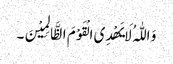
وَ اللّٰہُ لَایَھْدِی الْقَوْمَ الظَّالِمِیْنَ۔